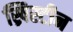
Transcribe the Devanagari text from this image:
ख्रिस्टीन